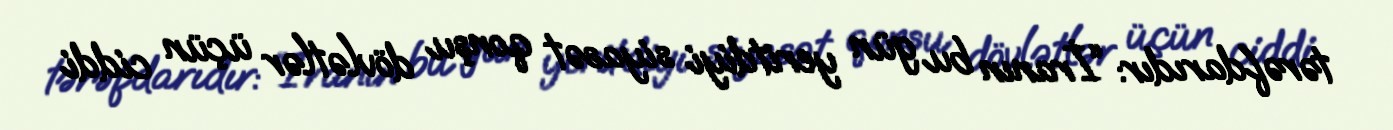
tərəfdarıdır: “İranın bu gün yeritdiyi siyasət qonşu dövlətlər üçün ciddi